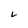
Character: v